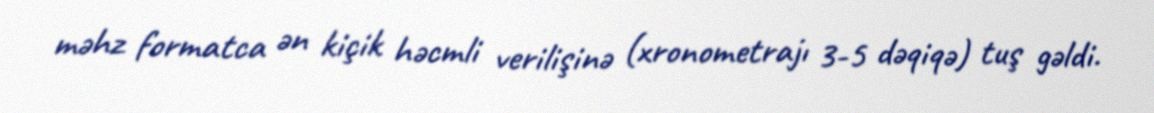
məhz formatca ən kiçik həcmli verilişinə (xronometrajı 3-5 dəqiqə) tuş gəldi.